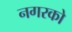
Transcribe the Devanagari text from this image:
नगरको